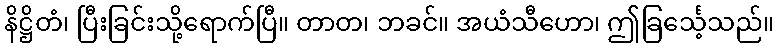
နိဋ္ဌိတံ၊ ပြီးခြင်းသို့ရောက်ပြီ။ တာတ၊ ဘခင်။ အယံသီဟော၊ ဤခြင်္သေ့သည်။